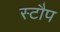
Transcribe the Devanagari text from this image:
स्टौप